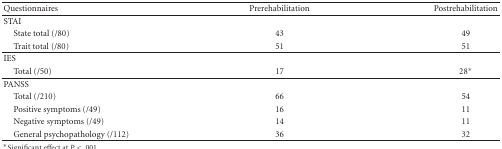
<table><thead><tr><td><b>Questionnaires </b></td><td><b>Prerehabilitation</b></td><td><b>Postrehabilitation</b></td></tr></thead><tbody><tr><td>STAI </td><td> </td><td> </td></tr><tr><td> State total (/80)</td><td>43</td><td>49</td></tr><tr><td> Trait total (/80)</td><td>51</td><td>51</td></tr><tr><td>IES</td><td> </td><td> </td></tr><tr><td> Total (/50)</td><td>17</td><td>28*</td></tr><tr><td>PANSS </td><td> </td><td> </td></tr><tr><td> Total (/210)</td><td>66</td><td>54</td></tr><tr><td> Positive symptoms (/49)</td><td>16</td><td>11</td></tr><tr><td> Negative symptoms (/49)</td><td>14</td><td>11</td></tr><tr><td> General psychopathology (/112)</td><td>36</td><td>32</td></tr></tbody></table>